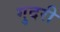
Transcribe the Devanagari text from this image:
गुदरी